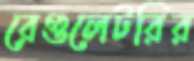
রেগুলেটরির